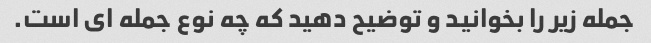
جمله زیر را بخوانید و توضیح دهید که چه نوع جمله ای است.